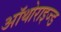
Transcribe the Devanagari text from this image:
ऑथोराइज्ड